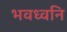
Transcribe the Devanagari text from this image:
भवध्वनि